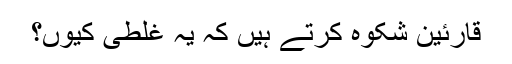
قارئین شکوہ کرتے ہیں کہ یہ غلطی کیوں؟